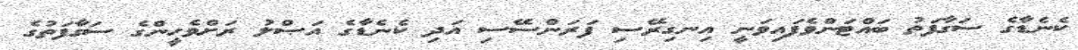
ކެނެޑާގެ ސަގާފަތު ބައްޓަންވެފައިވަނީ އިނގިރޭސި ފަރަންސޭސި އަދި ކެނެޑާގެ އަޞްލު ރަށްވެހީންގެ ސަގާފަތުގެ